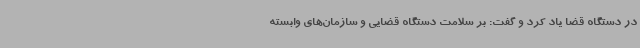
در دستگاه قضا یاد کرد و گفت: بر سلامت دستگاه قضایی و سازمان‌های وابسته